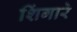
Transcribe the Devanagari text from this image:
शिंगारे